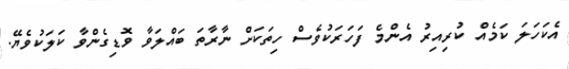
އެކަހަލަ ކަމެއް ކުރިއިރު އެންމެ ފަހަރަކުވެސް ހިތަކަށް ނާރާތަ ބައްލަވާ ވޮޑިގެންވާ ކަލަކުވެޔޭ.